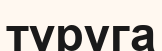
түруга